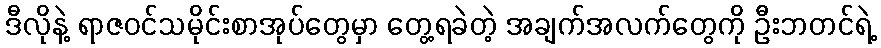
ဒီလိုနဲ့ ရာဇဝင်သမိုင်းစာအုပ်တွေမှာ တွေ့ရခဲတဲ့ အချက်အလက်တွေကို ဦးဘတင်ရဲ့